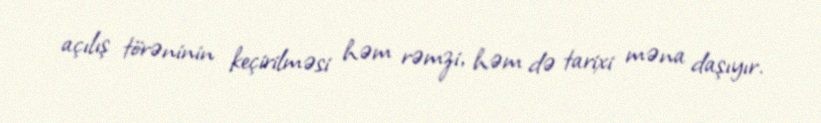
açılış törəninin keçirilməsi həm rəmzi, həm də tarixi məna daşıyır.